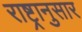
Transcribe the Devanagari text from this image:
राष्ट्रानुसार